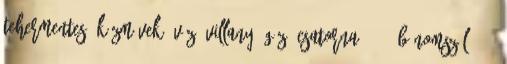
tehermentes, közművek: víz, villany, gáz, csatorna 5462. Bánomszőlő, 45